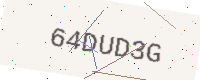
Text: 64DUD3G